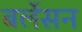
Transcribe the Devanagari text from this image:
बर्लेसन